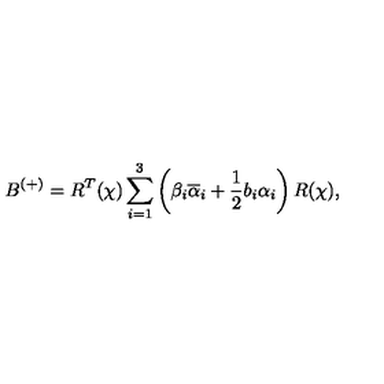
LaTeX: B ^ { ( + ) } = R ^ { T } ( \chi ) \sum _ { i = 1 } ^ { 3 } \left( \beta _ { i } \overline { { \alpha } } _ { i } + \frac { 1 } { 2 } b _ { i } \alpha _ { i } \right) R ( \chi ) ,